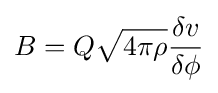
B=Q{\sqrt {4\pi \rho }}{\frac {\delta v}{\delta \phi }}